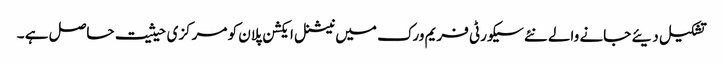
تشکیل دیئے جانے والے نئے سیکورٹی فریم ورک میں نیشنل ایکشن پلان کو مرکزی حیثیت حاصل ہے ۔